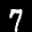
Label: 7